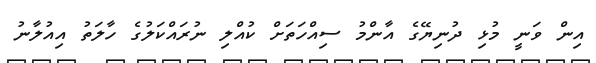
އިން ވަނީ މުޅި ދުނިޔޭގެ އާންމު ސިއްހަތަށް ކުއްލި ނުރައްކަލުގެ ހާލަތު އިއުލާނު